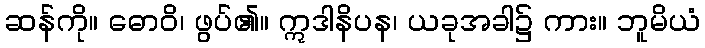
ဆန်ကို။ ဓောဝိ၊ ဖွပ်၏။ ဣဒါနိပန၊ ယခုအခါ၌ ကား။ ဘူမိယံ